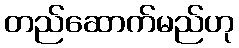
တည်ဆောက်မည်ဟု